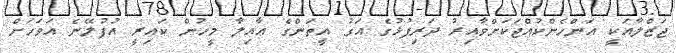
ޖަޒްލާއަކީ އަންހެންކުއްޖަކަށްވާއިރު ދަރިފުޅުގެ އަގު އީތަންގެ ޢާއިލާ މީހުން ކައިރީ އުފުލޭނެ އަވަހަށް